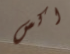
اكس